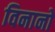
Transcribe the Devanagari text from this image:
विनानो